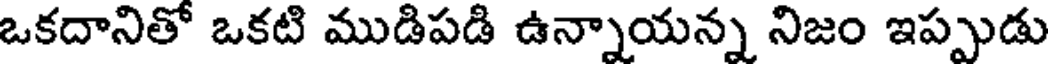
ఒకదానితో ఒకటి ముడిపడి ఉన్నాయన్న నిజం ఇప్పుడు